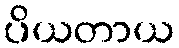
ပိယတာယ